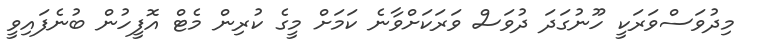
މިދުވަސްވަރަކީ ހޫނުގަދަ ދުވަސް ވަރަކަށްވާނެ ކަމަށް މީގެ ކުރިން މެޓް އޮފީހުން ބުނެފައިވީ